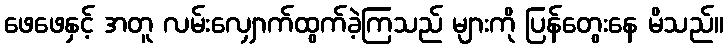
ဖေဖေနှင့် အတူ လမ်းလျှောက်ထွက်ခဲ့ကြသည် များကို ပြန်တွေးနေ မိသည်။